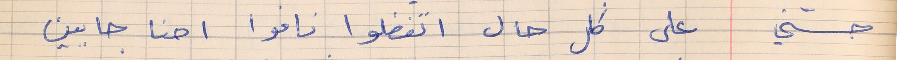
حسني      على كل حال اتفضلوا ناموا احنا جايين